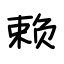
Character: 赖